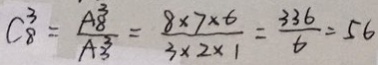
C ^ { 3 } _ { 8 } = \frac { A _ { 8 } ^ { 3 } } { A _ { 3 } ^ { 3 } } = \frac { 8 \times 7 \times 6 } { 3 \times 2 \times 1 } = \frac { 3 3 6 } { 6 } = 5 6